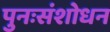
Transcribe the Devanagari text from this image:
पुनःसंशोधन